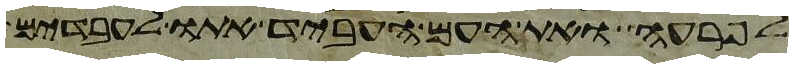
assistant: לפרעה ואת העם העביד אתו לעבדים